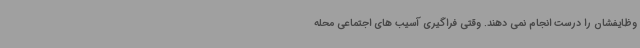
وظایفشان را درست انجام نمی دهند. وقتی فراگیری آسیب های اجتماعی محله